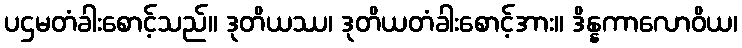
ပဌမတံခါးစောင့်သည်။ ဒုတိယဿ၊ ဒုတိယတံခါးစောင့်အား။ ဒိန္နကာလောဝိယ၊